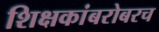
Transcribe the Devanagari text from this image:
शिक्षकांबरोबरच